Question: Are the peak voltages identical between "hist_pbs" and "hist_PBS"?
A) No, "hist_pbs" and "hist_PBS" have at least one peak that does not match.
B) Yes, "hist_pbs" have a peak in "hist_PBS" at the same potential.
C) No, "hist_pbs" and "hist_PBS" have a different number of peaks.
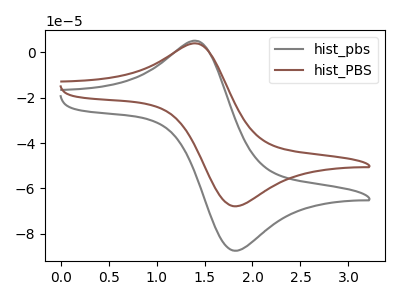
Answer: <think>The gray curve "hist_pbs" has an anodic peak at (1.45V, 4.95uA) and a cathodic peak at (1.80V, -87.55uA). The brown curve "hist_PBS" has an anodic peak at (1.45V, 3.85uA) and a cathodic peak at (1.80V, -67.90uA).</think>
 <answer>B) Yes, "hist_pbs" have a peak in "hist_PBS" at the same potential.</answer>
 <eval>B</eval>